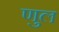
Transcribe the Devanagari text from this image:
णुल